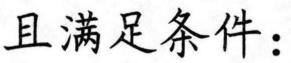
且满足条件：